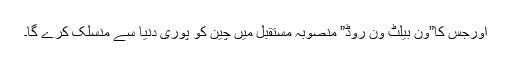
اورجس کا”ون بیلٹ ون روڈ” منصوبہ مستقبل میں چین کو پوری دنیا سے منسلک کرے گا۔